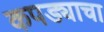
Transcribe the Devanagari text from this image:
कपड्याचा